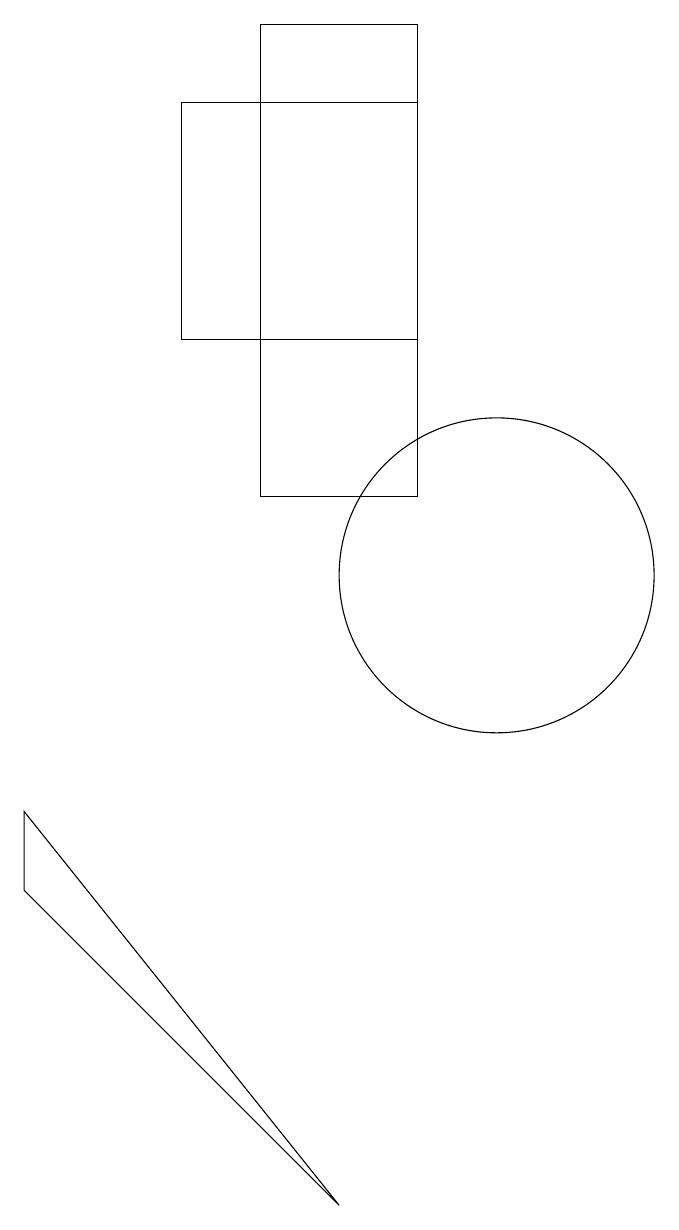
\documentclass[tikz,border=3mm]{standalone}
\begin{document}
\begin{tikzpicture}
\draw (4,8) -- (8,3) -- (4,7) -- cycle;
\draw (9,17) rectangle (6,14);
\draw (10,11) circle (2);
\draw (7,12) rectangle (9,18);
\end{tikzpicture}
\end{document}